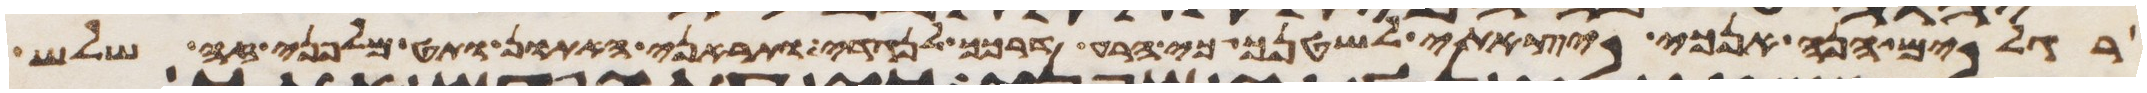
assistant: רגלים הנה אנכי יצאתי לשטנך כי הרע דרכך לנגדי ותראני האתון ותט מלפני זה שלש